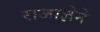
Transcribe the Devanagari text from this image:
राजाज्ञेने